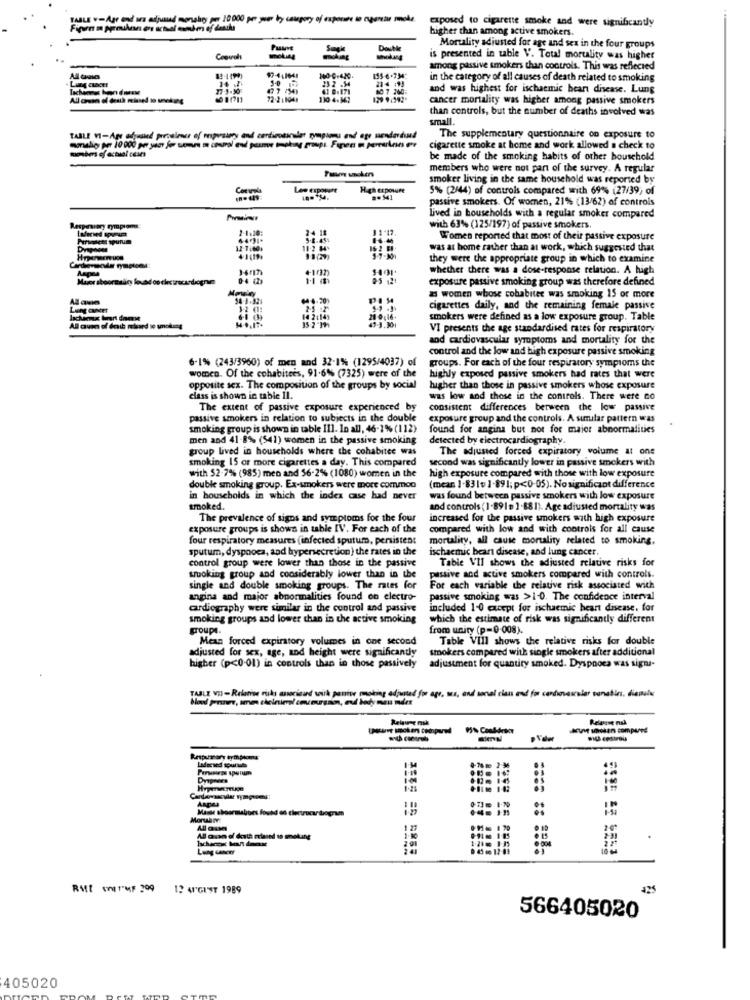
TABLE v-Age and was adjusted monging 10000 per your by caupory of exposure to apartial mode.
exposed to cigarette smoke and were significantly
higher than among active smokers.
Mortality adjusted for age and sex in the four groups
Copurals
-
is presented in table V. Total mortality was higher
among passive smokers than controls. This was reflected
155-6-734
21-4 :13
in the category of all causes of death related to smoking
80 7 260
and was highest for ischaemic heart disease. Lung
cancer mortality was higher among passive smokers
than controls, but the number of deaths involved was
small.
TABLE VI-Age ofrusind prendleer of resporsuney and cardigossmiler rynplans and ege sendardund
The supplementary questionnaire on exposure to
cigarette smoke at home and work allowed a check to
be made of the smoking habits of other household
Fue unchen
members who were not part of the survey. A regular
smoker living in the same household was reported by
Corvols
Low exposure
High exposure
5% (2/44) of controls compared with 69% (27/39, of
== 541
passive smokers. Of women, 21% (13/62) of controls
Lived in households with a regular smoker compared
Respiratory symptoms
2-1.10:
24 18
1"17.
with 63% (125/197) of passive smokers
Pirasem spurum
5.8.454
Women reported that most of their passive exposure
Dvapneus
10.2 84%
was at home rather than at work, which suggested that
they were the appropriate group in which to examine
whether there was a dose-response relation. A high
Major sboorsalicy louad oo thecurecardrogne
04 (D
1.1 m
exposure passive smoking group was therefore defined
as women whose cohabiter was smoking 15 or more
Lung cancer
cigarettes daily, and the remaining female passive
15-2"M
21 0 ,16.
41:3.301
smokers were defined as a low exposure group. Table
VI presents the age standardised rates for respiratory
and cardiovascular symptoms and mortality for the
control and the low and high exposure passive smoking
6-1% (243/3960) of men and 32-1% (1295/4037) of
groups. For each of the four respiratory symptoms the
women. Of the cohabitees, 91-6% (7325) were of the
highly exposed passive smokers had rates that were
opposite sex. The composition of the groups by social
higher than those in passive smokers whose exposure
class is shown in table 11.
was low and those in the controls. There were co
The extent of passive exposure experienced by
consistent differences between the low passive
passive smokers in relation to subjects in the double
exposure group and the controls. A surlar pattern was
smoking group is shown in table 111. In all, 46-1% (112)
found for angina but not for maior abnormalities
men and 41-8% (541) women in the passive smoking
detected by electrocardiogram.
group lived in households where the cohabitee was
The adjusted forced expiratory volume at one
smoking 15 or more cigarettes a day. This compared
second was significantly lower in passive smokers with
with 52-7% (985) men and 56-2% (1080) women in the
high exposure compared with those with low exposure
double smoking group. Ex-smokers were more common
(mear. 1-831v 1-891; p<0-05). No significant difference
in households in which the index case had never
was found between passive smokers with low exposure
smoked.
and controls (1-891= ].881). Age adiusted mortality was
The prevalence of signs and symptoms for the four
increased for the passive smokers with high exposure
exposure groups is shown in table IV. For each of the
compared with low and with controls for all cause
four respiratory measures (infected sputum, persistent
mortality, all cause mortality related to smoking,
sputum, dyspooca, and hypersecretion ) the rates in the
ischaemic beans disease, and lung cancer.
control group were lower than those in the passive
Table VII shows the adjusted relative risks for
trucking group and considerably lower than in the
passive and active smokers compared with controls.
single and double smoking groups. The rates for
For each variable the relative risk associated with
angina and major abnormalities found on electro-
passive smoking was >1-0. The confidence interval
cardiography were similar in the control and passive
included 1-0 except for ischaemic heart disease. for
smoking groups and lower than in the active smoking
which the estimate of risk was significantly different
groups.
from unity (p=0-008).
Mean forced expiratory volumes in one second
Table VIII shows the relative risks for double
adjusted for sex, age, and height were significantly
smokers compared with single smokers after additional
higher (p<0-01) in controls than in those passively
adjustment for quantity smoked. Dyspnoes was signa-
TABLE VI) - Relative risks anorisard with panive making adjated for age, sus, and sonal cian end for cardiovascular sanatin, diemula
Releave nak
Leder sed tourtuts
Perusiegs spurun
1-60
MoruBr
-16 185
.
Lung Cancer
Ru[ EN] +"MF ?99
12 AUGUST 1989
429
566405020
405020